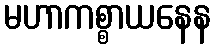
မဟာကစ္စာယနေန